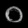
Digit: ၀